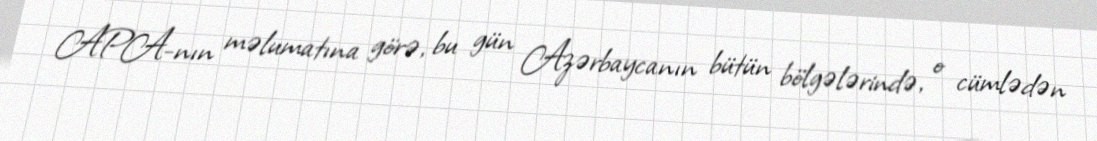
APA-nın məlumatına görə, bu gün Azərbaycanın bütün bölgələrində, o cümlədən